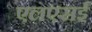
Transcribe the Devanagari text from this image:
एलएसई